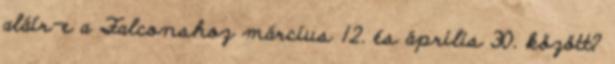
aláír-e a Falconshoz március 12. és április 30. között?